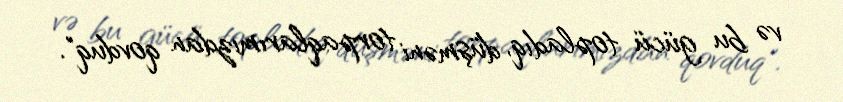
və bu gücü topladıq, düşməni torpaqlarımızdan qovduq".